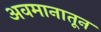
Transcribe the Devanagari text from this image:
अवमानातून